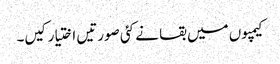
کیمپوں میں بقا نے کئی صورتیں اختیار کیں۔